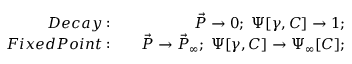
\begin{array} { r l r } { D e c a y : } & { { } } & { \vec { P } \to 0 ; \; \Psi [ \gamma , C ] \to 1 ; } \\ { F i x e d P o i n t : } & { { } } & { \vec { P } \to \vec { P } _ { \infty } ; \; \Psi [ \gamma , C ] \to \Psi _ { \infty } [ C ] ; } \end{array}